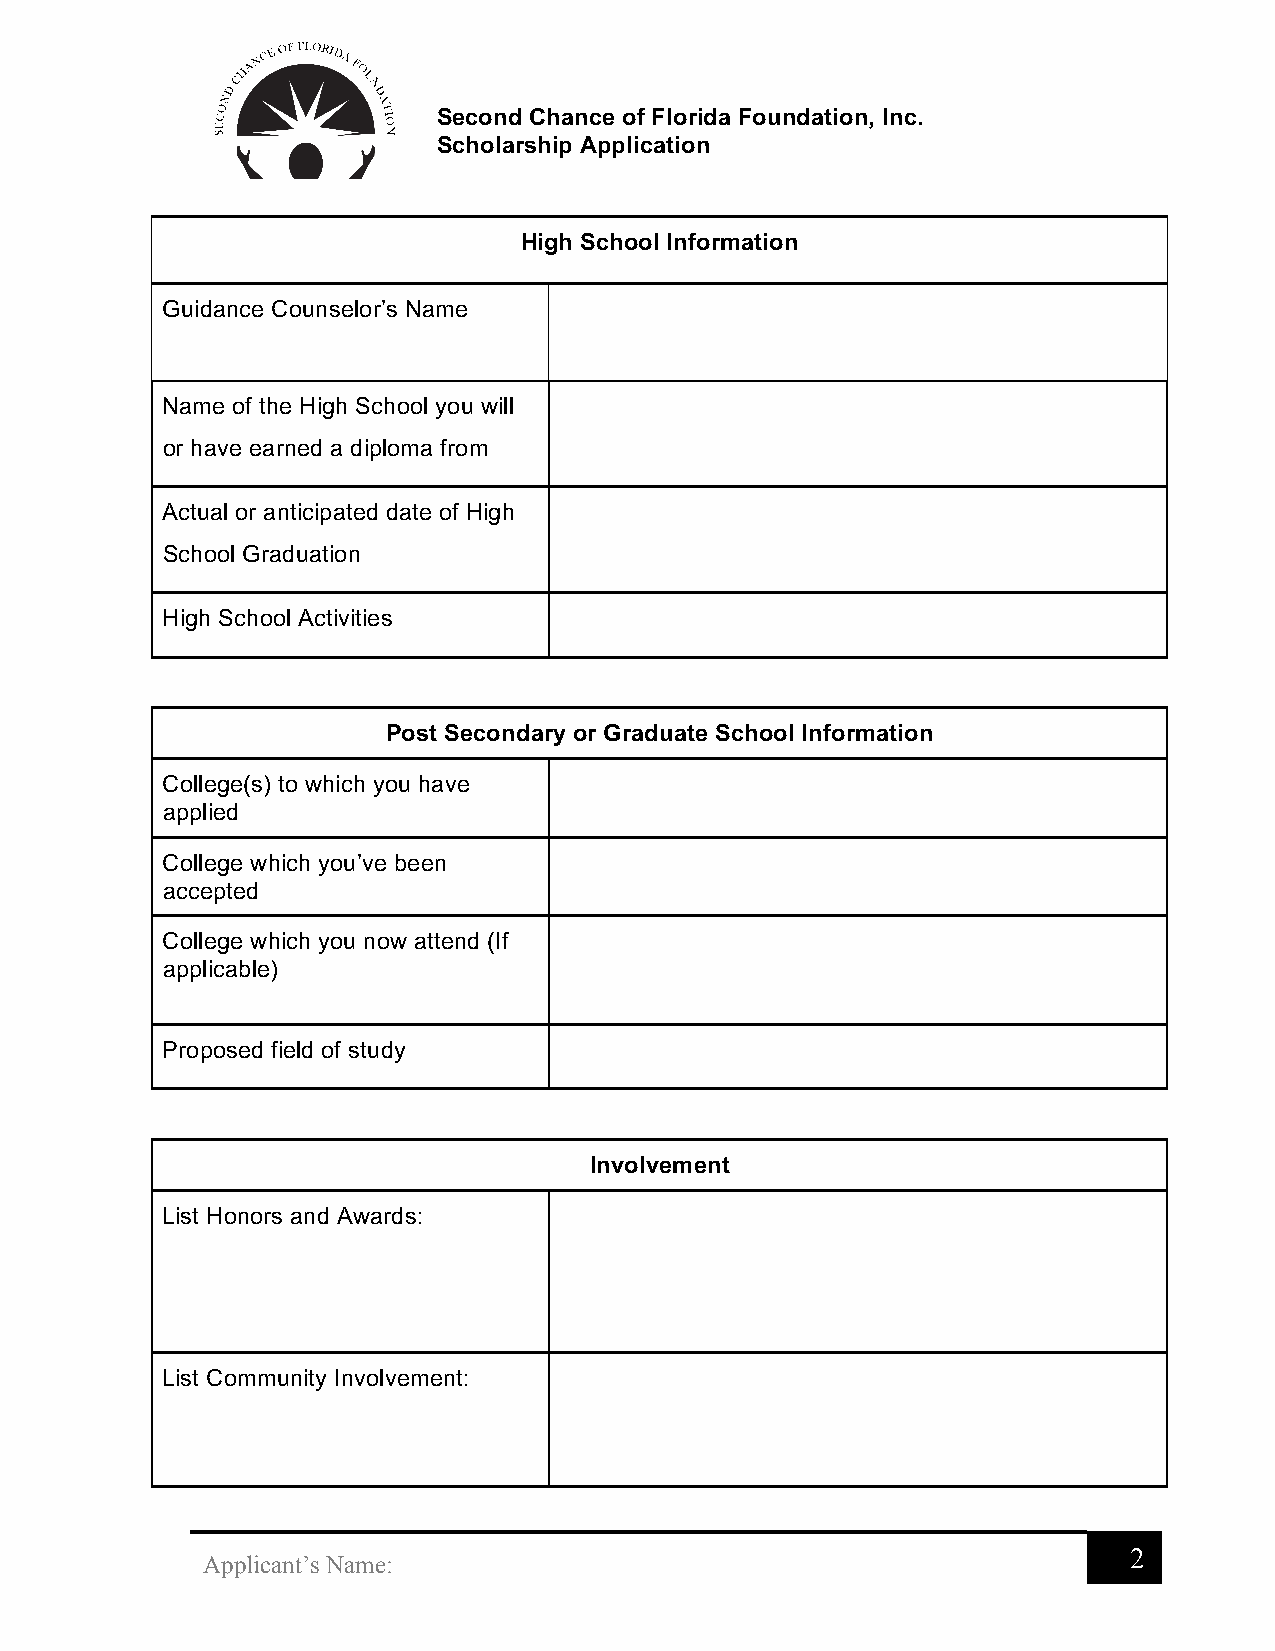
Second Chance of Florida Foundation, Inc.
 Scholarship Application
 High School Information
 Guidance Counselor’s Name
 Name of the High School you will
 or have earned a diploma from
 Actual or anticipated date of High
 School Graduation
 High School Activities
 Post Secondary or Graduate School Information
 College(s) to which you have
 applied
 College which you’ve been
 accepted
 College which you now attend (If
 applicable)
 Proposed field of study
 Involvement
 List Honors and Awards:
 List Community Involvement:
 2
 Applicant’s Name: